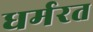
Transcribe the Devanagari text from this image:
धर्मरत